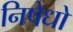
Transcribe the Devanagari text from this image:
निषेधो